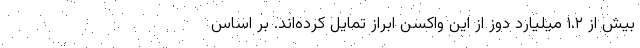
بیش از ۱.۲ میلیارد دوز از این واکسن ابراز تمایل کرده‌اند. بر اساس